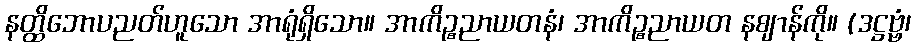
နတ္ထိဘောပညတ်ဟူသော အာရုံရှိသော။ အာကိဉ္စညာယတနံ၊ အာကိဉ္စညာယတ နဈာန်ကို။ (ဒဋ္ဌဗ္ဗံ၊